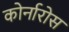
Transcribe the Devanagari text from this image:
कोर्नारोस